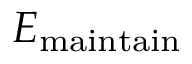
E _ { \mathrm { m a i n t a i n } }